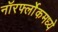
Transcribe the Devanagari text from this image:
नॉरर्फ्लोकमध्ये